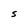
Character: S